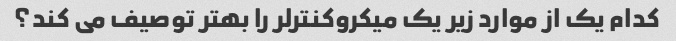
کدام یک از موارد زیر یک میکروکنترلر را بهتر توصیف می کند؟